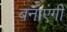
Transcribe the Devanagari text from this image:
बनाएंगी